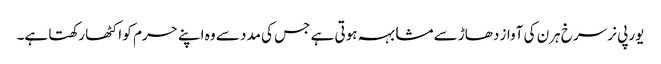
یورپی نر سرخ ہرن کی آواز دھاڑ سے مشابہہ ہوتی ہے جس کی مدد سے وہ اپنے حرم کو اکٹھا رکھتا ہے۔